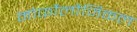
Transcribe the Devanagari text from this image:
मोर्फोलौजिकल